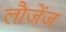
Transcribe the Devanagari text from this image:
लौजेंज